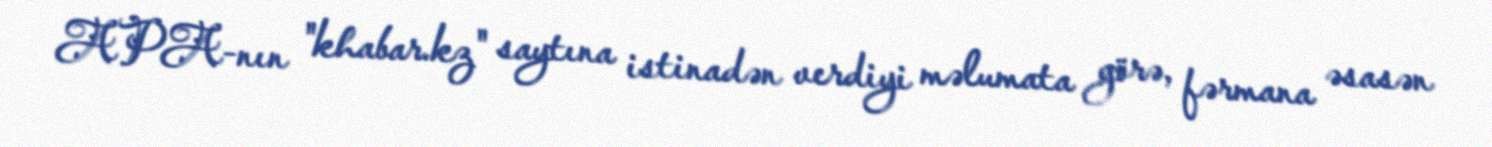
APA-nın "khabar.kz" saytına istinadən verdiyi məlumata görə, fərmana əsasən